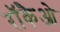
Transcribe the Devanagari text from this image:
रॉकैओ